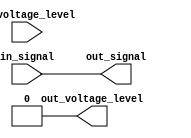
module voltage_level_shifter (
    input wire in_signal,
    input wire in_voltage_level,
    output wire out_signal,
    output wire out_voltage_level
);

// Voltage level conversion logic
assign out_signal = in_signal;

// Detect input signal voltage level
always @ (in_voltage_level)
begin
    case (in_voltage_level)
        2'b00: out_voltage_level = 2'b00; // 3.3V to 3.3V
        2'b01: out_voltage_level = 2'b10; // 3.3V to 1.8V
        2'b10: out_voltage_level = 2'b01; // 1.8V to 3.3V
        2'b11: out_voltage_level = 2'b11; // 1.8V to 1.8V
    endcase
end

endmodule